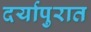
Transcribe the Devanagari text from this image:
दर्यापुरात